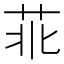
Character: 𦮃